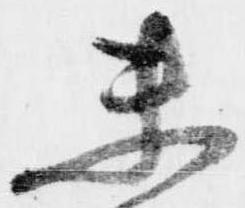
未